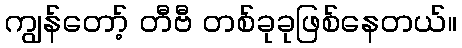
ကျွန်တော့် တီဗီ တစ်ခုခုဖြစ်နေတယ်။